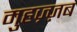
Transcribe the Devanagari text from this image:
मुहज़्ज़ब